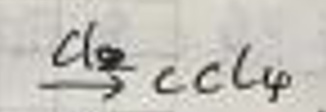
$\frac { C l _ { 2 } } { 3 } C C l _ { 4 }$